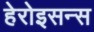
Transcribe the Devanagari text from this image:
हेरोइसन्स